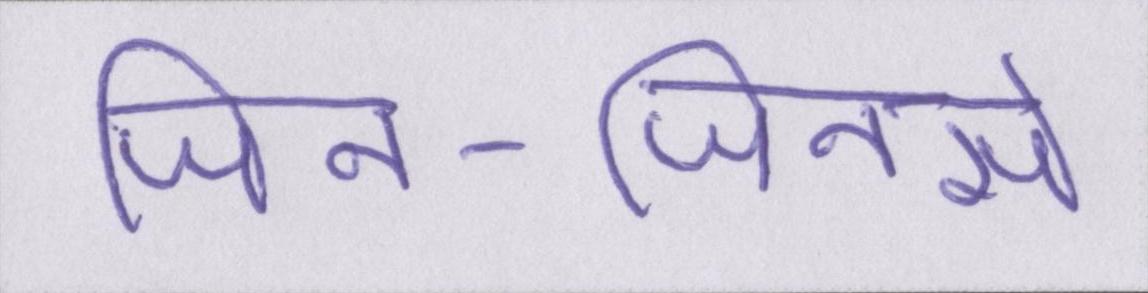
जिन-जिनसे